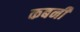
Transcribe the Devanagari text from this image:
कबनी